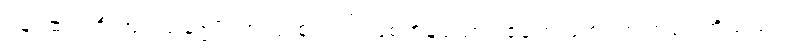
ပန၊ ဆက်ဦးအံ့။ သဗ္ဗေပိ၊ အလုံးစုံလည်းဖြစ်ကုန်သော။ ဧတေ ဓမ္မာ၊ ဤတရားတို့သည်။